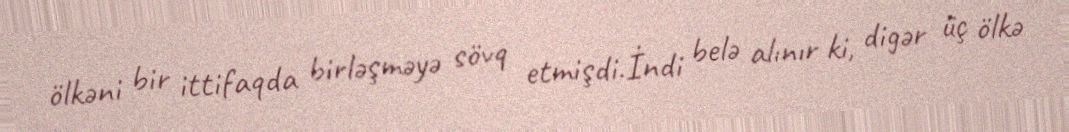
ölkəni bir ittifaqda birləşməyə sövq etmişdi.İndi belə alınır ki, digər üç ölkə